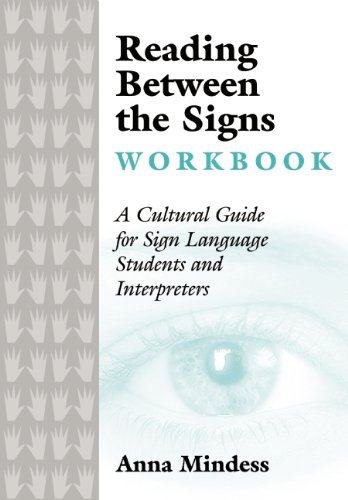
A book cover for Reading Between the Signs Workbook: A Cultural Guide for Sign Language Students and Interpreters; Anna Mindess; Health, Fitness & Dieting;